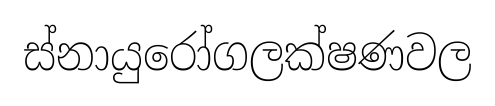
ස්නායුරෝගලක්ෂණවල